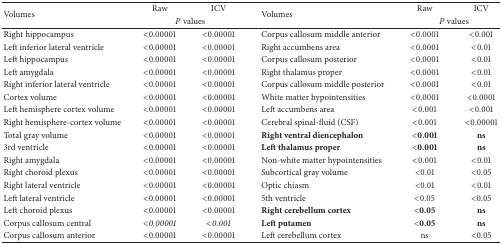
| <ROWSPAN=2> Volumes | Raw | ICV | <ROWSPAN=2> Volumes | Raw | ICV |
 | <COLSPAN=2> P values | <COLSPAN=2> P values |
 | --- | --- | --- | --- | --- | --- |
 | Right hippocampus | <0.00001 | <0.00001 | Corpus callosum middle anterior | <0.0001 | <0.001 |
 | Left inferior lateral ventricle | <0.00001 | <0.00001 | Right accumbens area | <0.0001 | <0.01 |
 | Left hippocampus | <0.00001 | <0.00001 | Corpus callosum posterior | <0.0001 | <0.01 |
 | Left amygdala | <0.00001 | <0.00001 | Right thalamus proper | <0.0001 | <0.01 |
 | Right inferior lateral ventricle | <0.00001 | <0.00001 | Corpus callosum middle posterior | <0.0001 | <0.01 |
 | Cortex volume | <0.00001 | <0.00001 | White matter hypointensities | <0.0001 | <0.0001 |
 | Left hemisphere cortex volume | <0.00001 | <0.00001 | Left accumbens area | <0.001 | <0.001 |
 | Right hemisphere-cortex volume | <0.00001 | <0.00001 | Cerebral spinal-fluid (CSF) | <0.001 | <0.00001 |
 | Total gray volume | <0.00001 | <0.00001 | Right ventral diencephalon | <0.001 | ns |
 | 3rd ventricle | <0.00001 | <0.00001 | Left thalamus proper | <0.001 | ns |
 | Right amygdala | <0.00001 | <0.00001 | Non-white matter hypointensities | <0.001 | <0.01 |
 | Right choroid plexus | <0.00001 | <0.00001 | Subcortical gray volume | <0.01 | <0.05 |
 | Right lateral ventricle | <0.00001 | <0.00001 | Optic chiasm | <0.01 | <0.01 |
 | Left lateral ventricle | <0.00001 | <0.00001 | 5th ventricle | <0.05 | <0.05 |
 | Left choroid plexus | <0.00001 | <0.00001 | Right cerebellum cortex | <0.05 | ns |
 | Corpus callosum central | <0.00001 | <0.001 | Left putamen | <0.05 | ns |
 | Corpus callosum anterior | <0.00001 | <0.00001 | Left cerebellum cortex | ns | <0.05 |